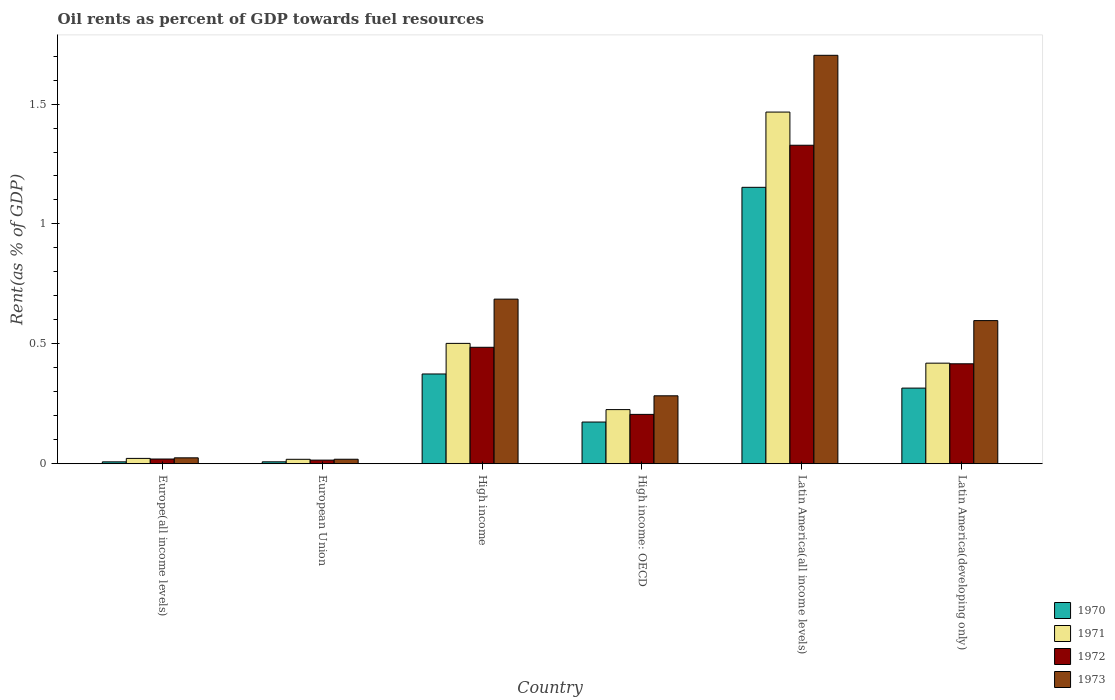
| Country | 1970 | 1971 | 1972 | 1973 |
 | --- | --- | --- | --- | --- |
 | Europe(all income levels) | 0.00784 | 0.0223 | 0.0196 | 0.0246 |
 | European Union | 0.00801 | 0.0185 | 0.0151 | 0.0187 |
 | High income | 0.374 | 0.502 | 0.486 | 0.686 |
 | High income: OECD | 0.174 | 0.226 | 0.206 | 0.283 |
 | Latin America(all income levels) | 1.15 | 1.47 | 1.33 | 1.7 |
 | Latin America(developing only) | 0.315 | 0.419 | 0.417 | 0.597 |